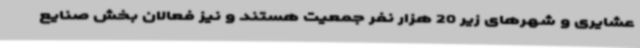
عشایری و شهرهای زیر 20 هزار نفر جمعیت هستند و نیز فعالان بخش صنایع